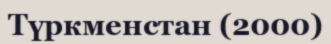
Түркменстан (2000)